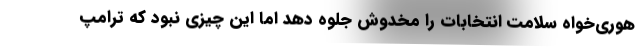
هوری‌خواه سلامت انتخابات را مخدوش جلوه دهد اما این چیزی نبود که ترامپ